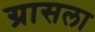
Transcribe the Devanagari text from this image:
ग्रासला